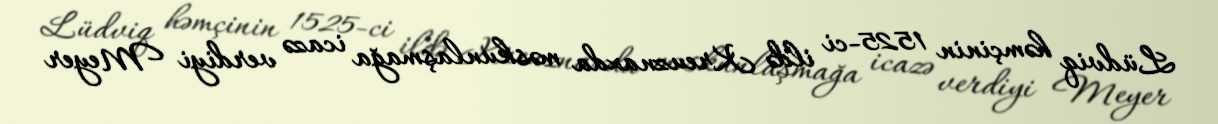
Lüdviq həmçinin 1525-ci ildə Kreuznaxda məskunlaşmağa icazə verdiyi Meyer